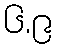
၆.၉